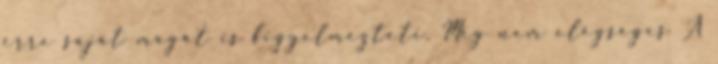
erre saját magát is figyelmezteti. Még nem elégséges A